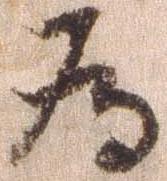
為